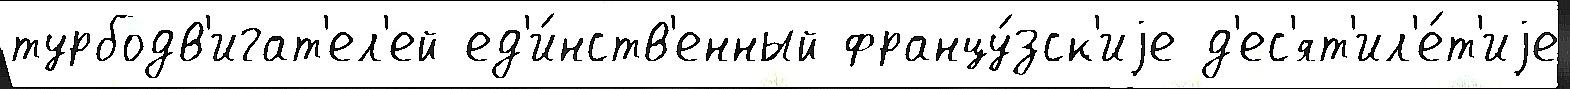
турбодв'игат'ел'ей ед'и́нств'енный францу́зск'иjе д'ес'ят'ил'е́т'иjе